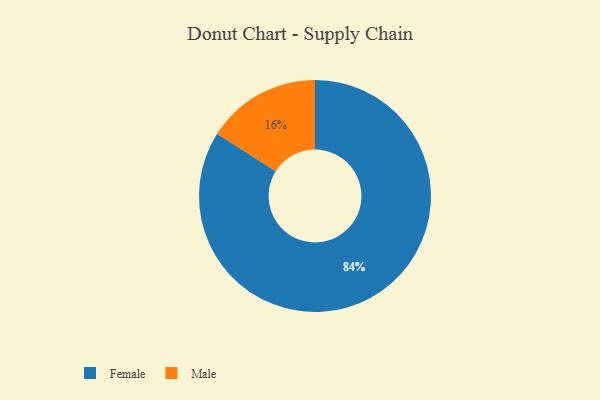
{"axis": {"x": "Category", "y": "Percentage"}, "legend": ["Female", "Male"], "data": [{"x": "Male", "y": 16, "type": "Male"}, {"x": "Female", "y": 84, "type": "Female"}]}